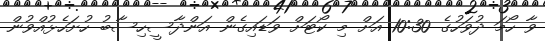
ވާ ހޯމަ ދުވަހުގެ 10:30 އަށް މި ކޯޓަށް ވަޑައިގެން އަންދާސީހިސާބު ހުށަހެޅުއްވުން